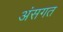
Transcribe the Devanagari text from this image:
अंसगत